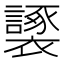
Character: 𧞮